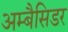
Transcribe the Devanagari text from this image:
अम्बैसिडर